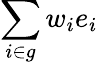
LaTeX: \sum_{i\in g}w_{i}e_{i}